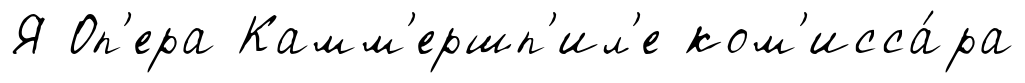
Я Оп'ера Камм'ершп'ил'е ком'исса́ра